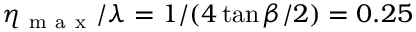
\eta _ { \mathrm { ~ m ~ a ~ x ~ } } / \lambda = 1 / ( 4 \tan { \beta / 2 } ) = 0 . 2 5